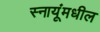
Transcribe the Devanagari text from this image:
स्नायूंमधील